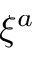
\xi ^ { a }